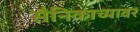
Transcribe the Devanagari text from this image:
सैनिकाच्यावर